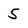
Character: 5